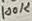
Text: 100K